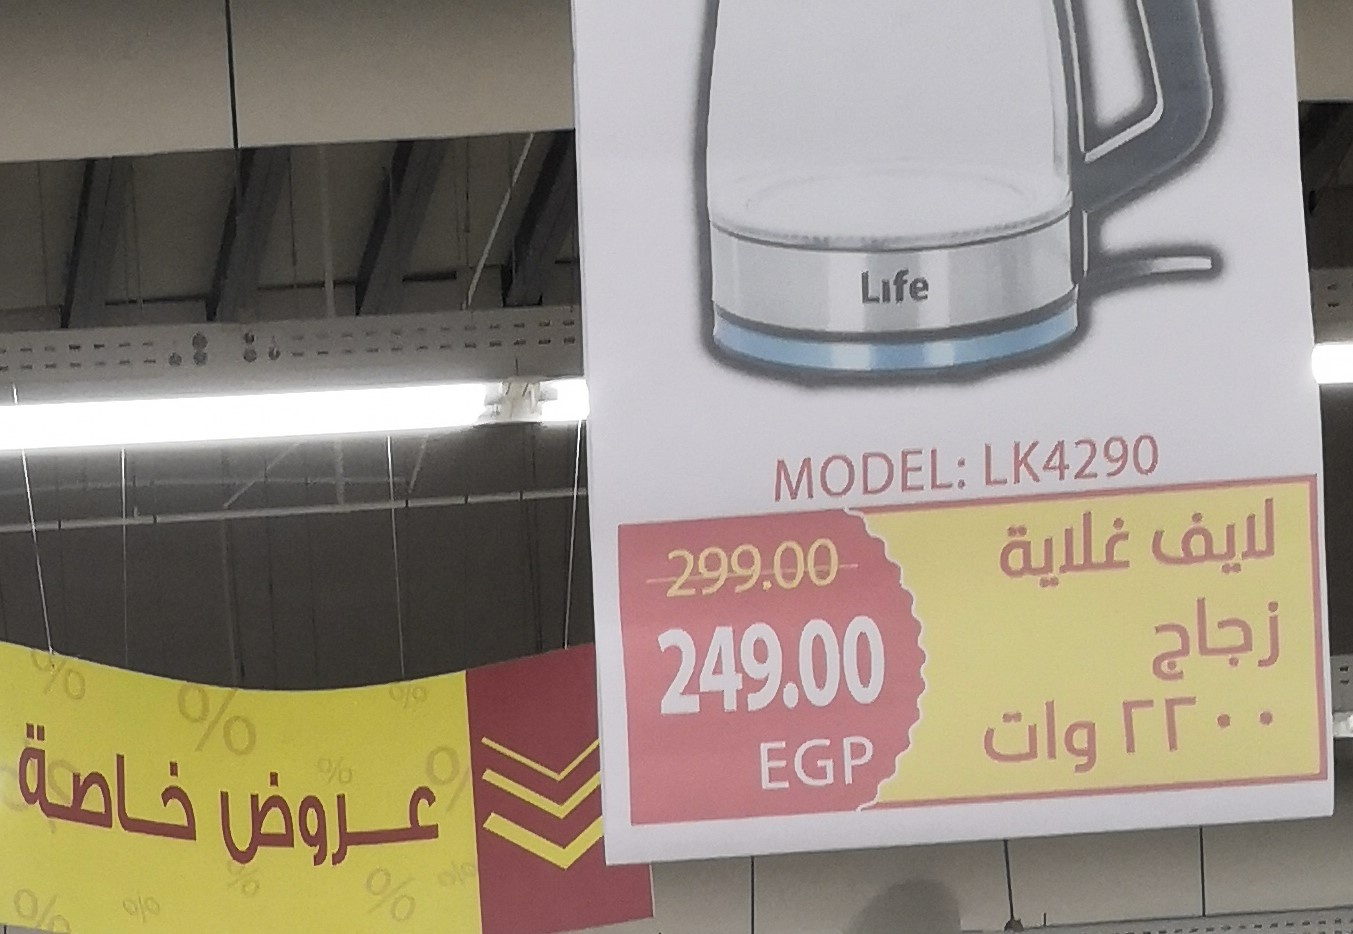
Text in image: لايف غلاية زجاج 2200 وات خاصة عروض Life LK4290 MODEL: 299.00 249.00 EGP